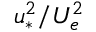
u _ { * } ^ { 2 } / U _ { e } ^ { 2 }